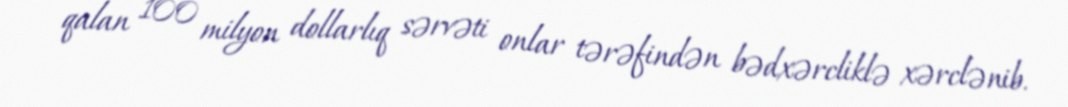
qalan 100 milyon dollarlıq sərvəti onlar tərəfindən bədxərcliklə xərclənib.